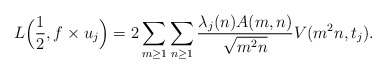
\begin{align*}L\Big(\frac{1}{2}, f \times u_j\Big)=2\sum_{m \geq 1} \sum_{n \geq 1}\frac{\lambda_j(n) A(m,n)}{\sqrt{m^2 n}}V(m^2n, t_j).\end{align*}